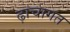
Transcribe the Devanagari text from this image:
ढ़ाचागत